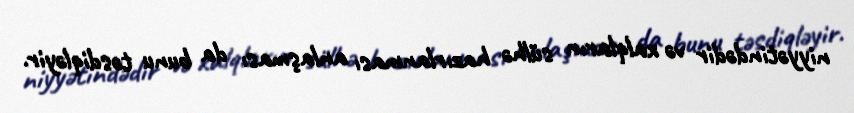
niyyətindədir və xalqların sülhə hazırlanması anlaşması da bunu təsdiqləyir.